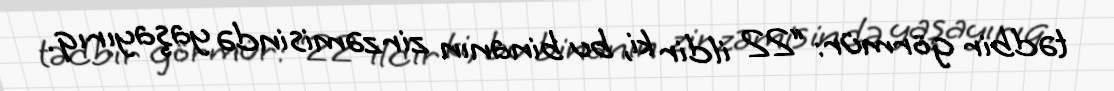
tədbir görmür: “22 ildir ki, bu binanın zirzəmisində yaşayırıq.